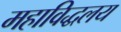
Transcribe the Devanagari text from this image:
महाविद्धलय